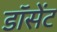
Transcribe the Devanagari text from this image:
डॉसेंट